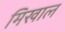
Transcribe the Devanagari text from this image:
मिखाल